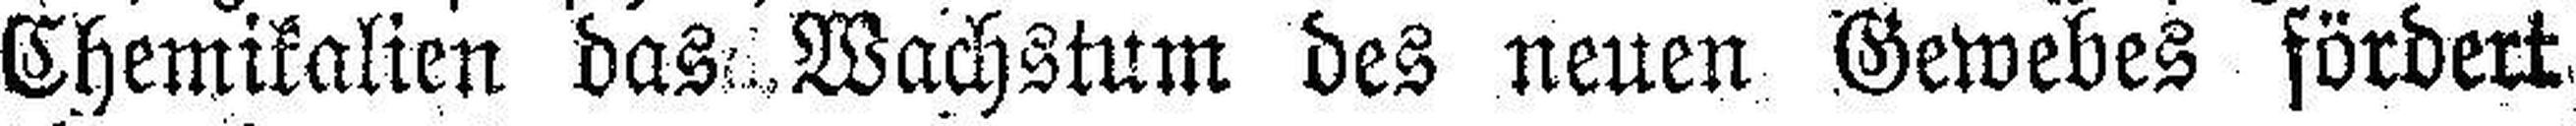
Chemikalien das Wachstum des neuen Gewebes fördert